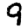
Digit: 9